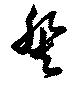
癸